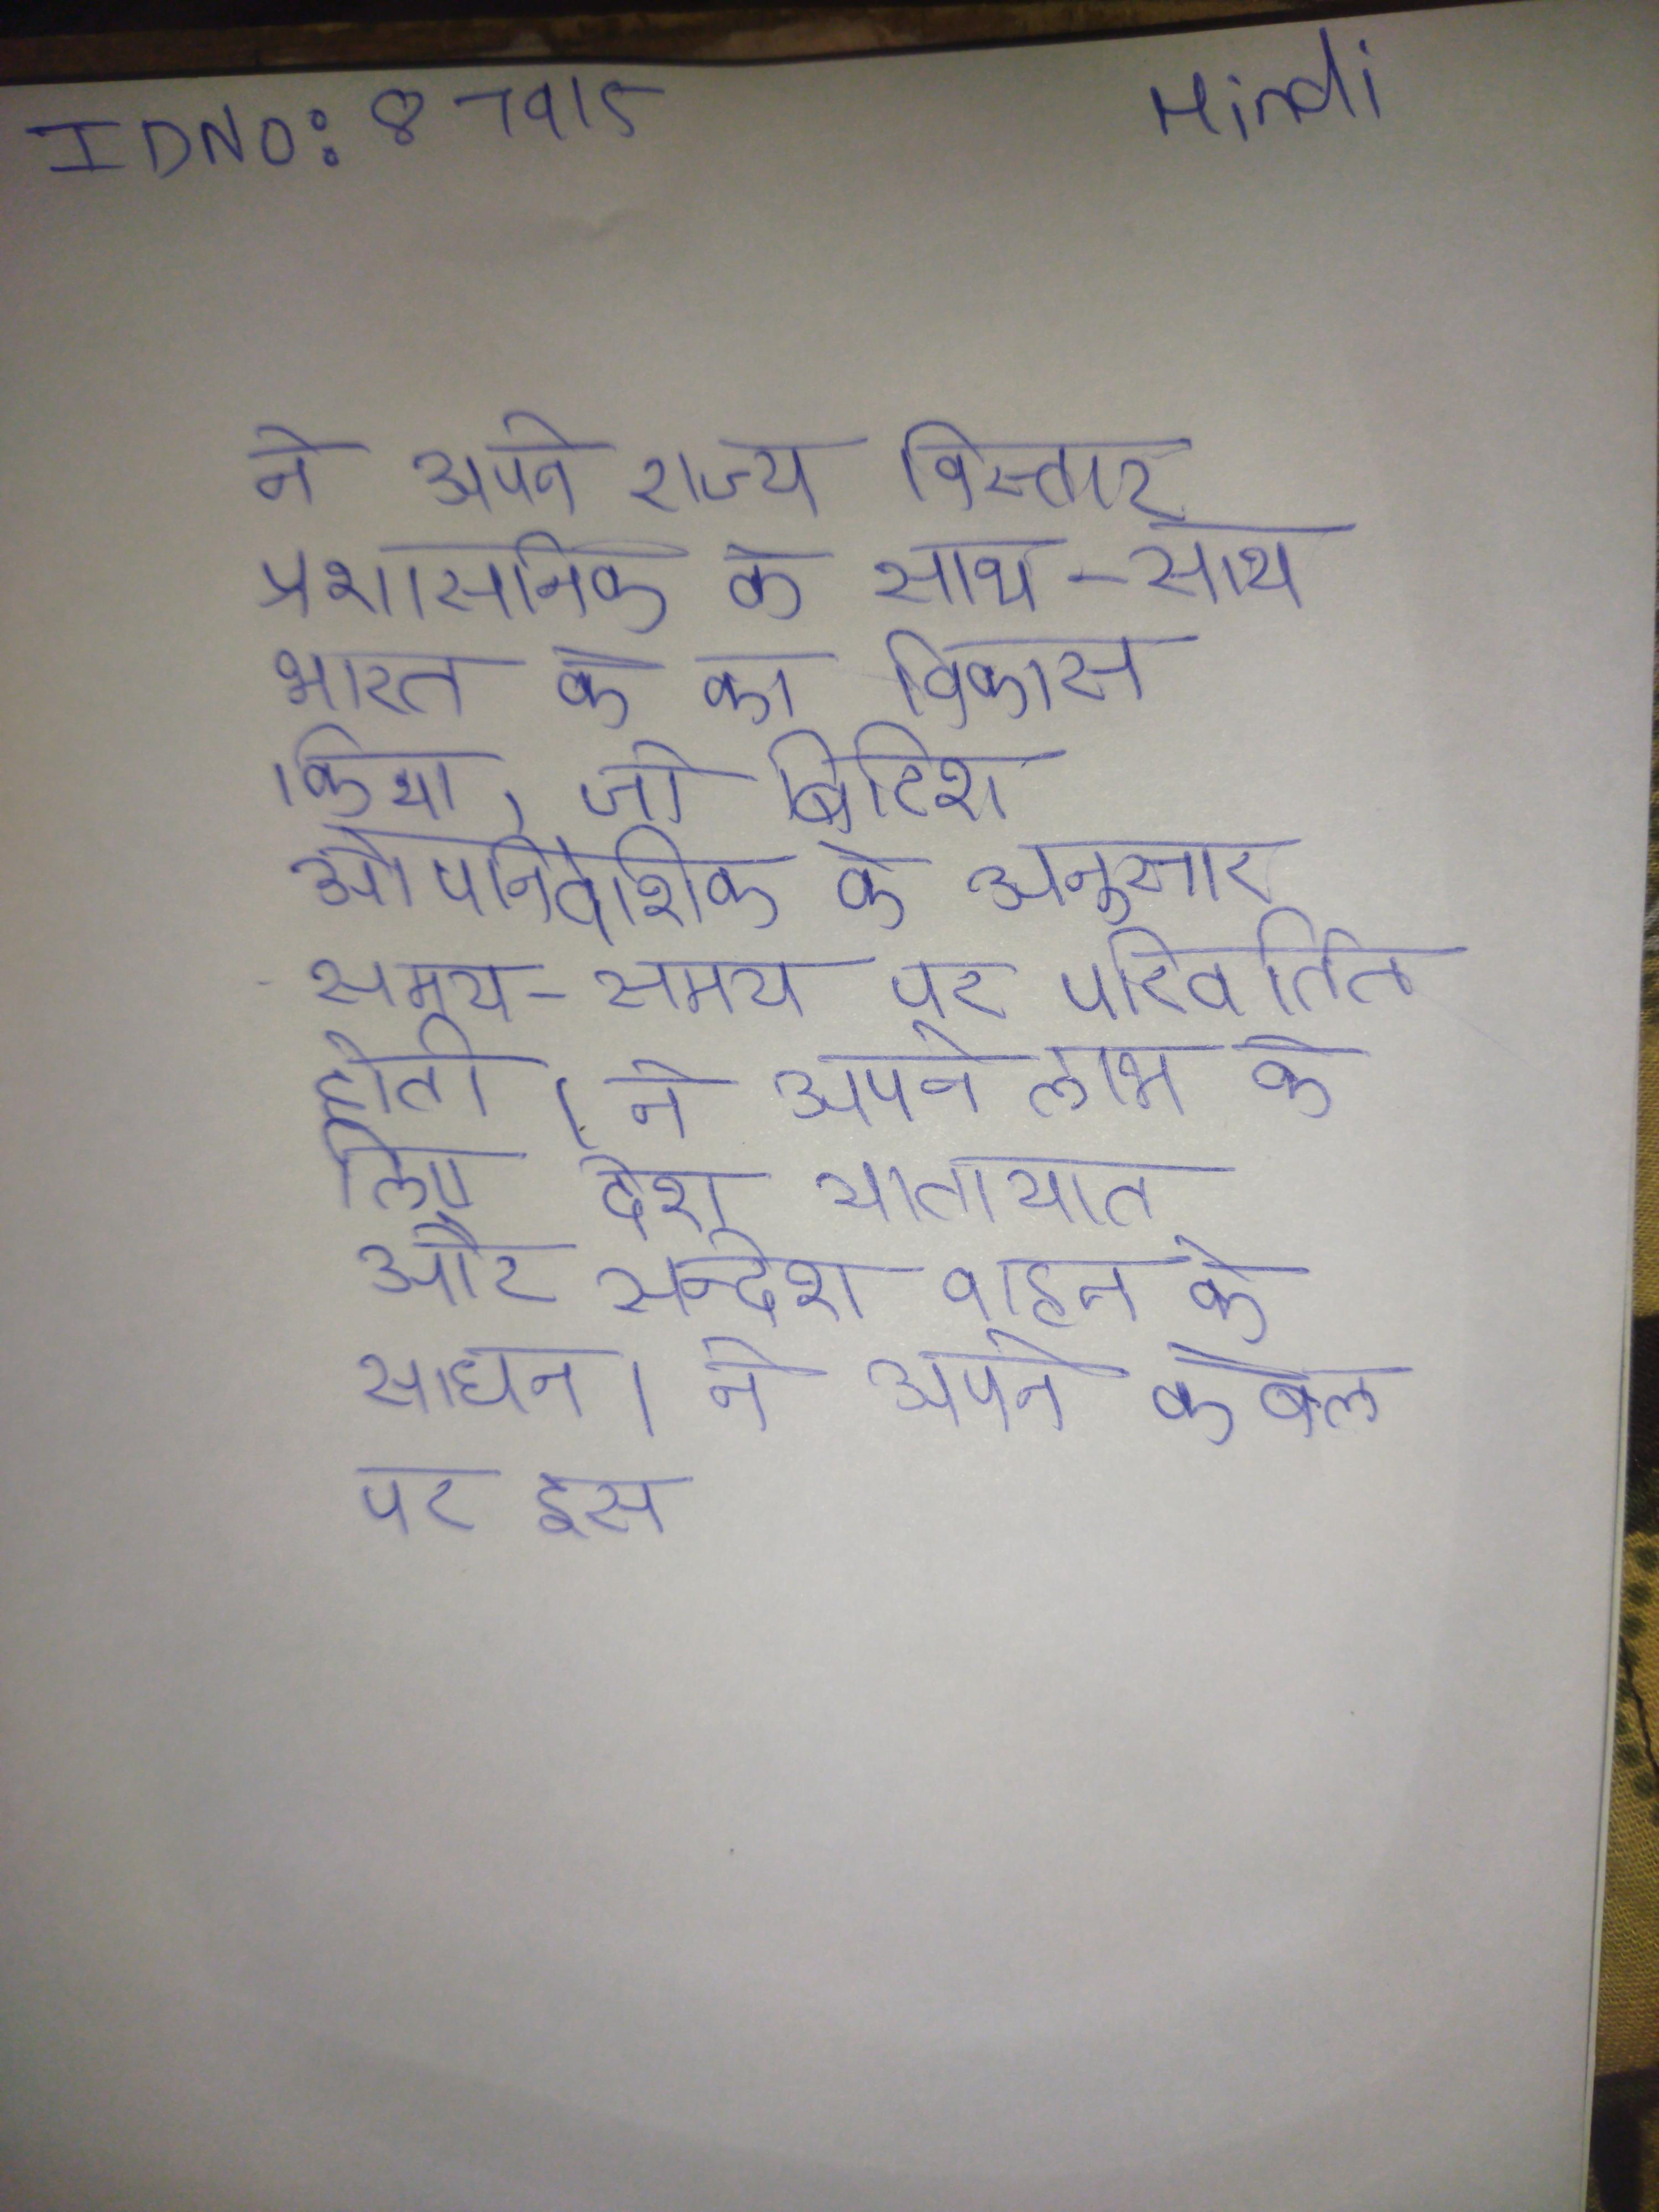
ने अपने राज्य विस्तार प्रशासनिक के साथ-साथ भारत के का विकास किया, जो ब्रिटिश औपनिवेशिक के अनुसार समय-समय पर परिवर्तित होती । ने अपने लाभ के लिए देश यातायात और सन्देश वाहन के साधन । ने अपने के बल पर इस विद्रोह का दमन किया ।